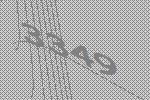
3349